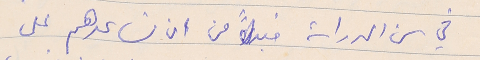
في سن الدراسة فبدلاً من ان نساعدهم على